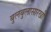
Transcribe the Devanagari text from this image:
बुलबुलासारखी